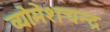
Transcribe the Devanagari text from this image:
व्योमेशचन्द्र